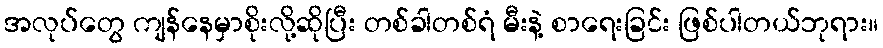
အလုပ်တွေ ကျန်နေမှာစိုးလို့ဆိုပြီး တစ်ခါတစ်ရံ မီးနဲ့ စာရေးခြင်း ဖြစ်ပါတယ်ဘုရား။